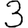
Digit: 3